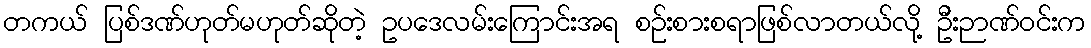
တကယ် ပြစ်ဒဏ်ဟုတ်မဟုတ်ဆိုတဲ့ ဥပဒေလမ်းကြောင်းအရ စဉ်းစားစရာဖြစ်လာတယ်လို့ ဦးဉာဏ်ဝင်းက